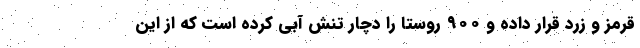
قرمز و زرد قرار داده و ۹۰۰ روستا را دچار تنش آبی کرده است که از این